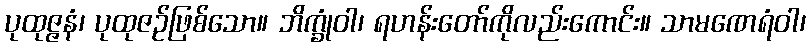
ပုထုဇ္ဇနံ၊ ပုထုဇဉ်ဖြစ်သော။ ဘိက္ခုံဝါ၊ ရဟန်းတော်ကိုလည်းကောင်း။ သာမဏေရံဝါ၊